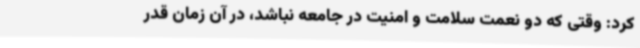
کرد: وقتی که دو نعمت سلامت و امنیت در جامعه نباشد، در آن زمان قدر